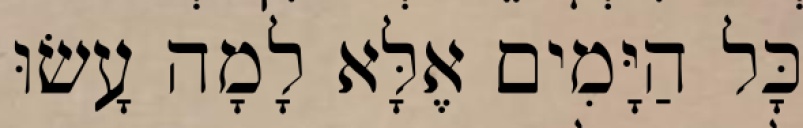
כָּל הַיָּמִים אֶלָּא לָמָה עָשׂוּ